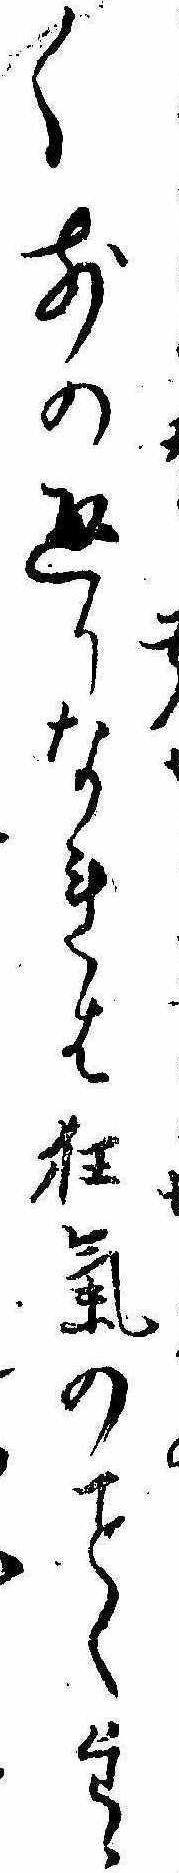
〱前の通りなれは狂気のくたゝら